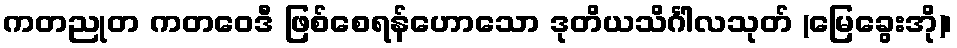
ကတညုတ ကတဝေဒီ ဖြစ်စေရန်ဟောသော ဒုတိယသိင်္ဂါလသုတ် (မြေခွေးအို)၊